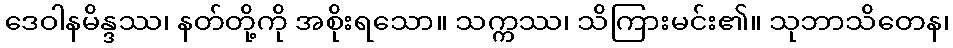
ဒေဝါနမိန္ဒဿ၊ နတ်တို့ကို အစိုးရသော။ သက္ကဿ၊ သိကြားမင်း၏။ သုဘာသိတေန၊